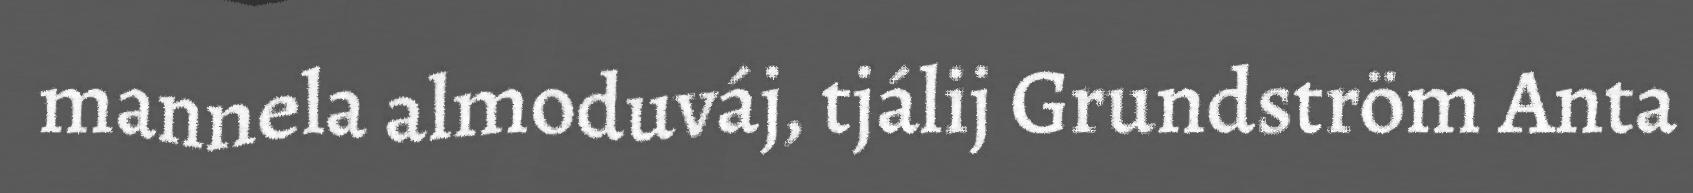
mannela almoduváj, tjálij Grundström Anta